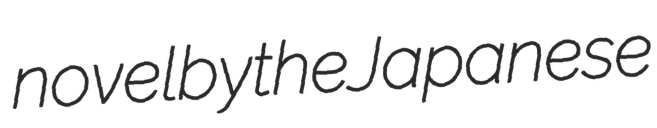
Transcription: novel by the Japanese